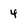
Character: 4